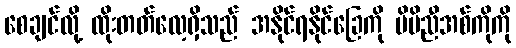
စေချင်လို့ ထိုးတတ်လေ့ရှိသည် အနိုင်ရနိုင်ခြေကို မိမိညီအစ်ကိုကို